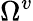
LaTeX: \Omega^{v}